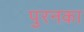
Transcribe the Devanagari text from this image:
पुरनका